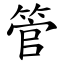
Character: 管